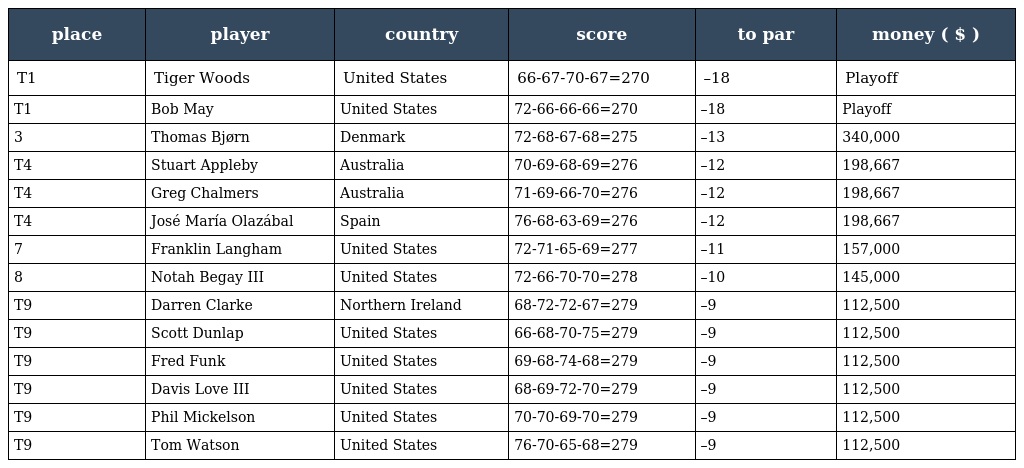
| place | player | country | score | to par | money ( $ ) |
 | --- | --- | --- | --- | --- | --- |
 | T1 | Tiger Woods | United States | 66-67-70-67=270 | –18 | Playoff |
 | T1 | Bob May | United States | 72-66-66-66=270 | –18 | Playoff |
 | 3 | Thomas Bjørn | Denmark | 72-68-67-68=275 | –13 | 340,000 |
 | T4 | Stuart Appleby | Australia | 70-69-68-69=276 | –12 | 198,667 |
 | T4 | Greg Chalmers | Australia | 71-69-66-70=276 | –12 | 198,667 |
 | T4 | José María Olazábal | Spain | 76-68-63-69=276 | –12 | 198,667 |
 | 7 | Franklin Langham | United States | 72-71-65-69=277 | –11 | 157,000 |
 | 8 | Notah Begay III | United States | 72-66-70-70=278 | –10 | 145,000 |
 | T9 | Darren Clarke | Northern Ireland | 68-72-72-67=279 | –9 | 112,500 |
 | T9 | Scott Dunlap | United States | 66-68-70-75=279 | –9 | 112,500 |
 | T9 | Fred Funk | United States | 69-68-74-68=279 | –9 | 112,500 |
 | T9 | Davis Love III | United States | 68-69-72-70=279 | –9 | 112,500 |
 | T9 | Phil Mickelson | United States | 70-70-69-70=279 | –9 | 112,500 |
 | T9 | Tom Watson | United States | 76-70-65-68=279 | –9 | 112,500 |